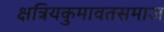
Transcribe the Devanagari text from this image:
क्षत्रियकुमावतसमाज